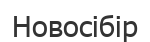
Новосібір